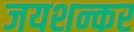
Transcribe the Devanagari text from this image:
जयशन्कर